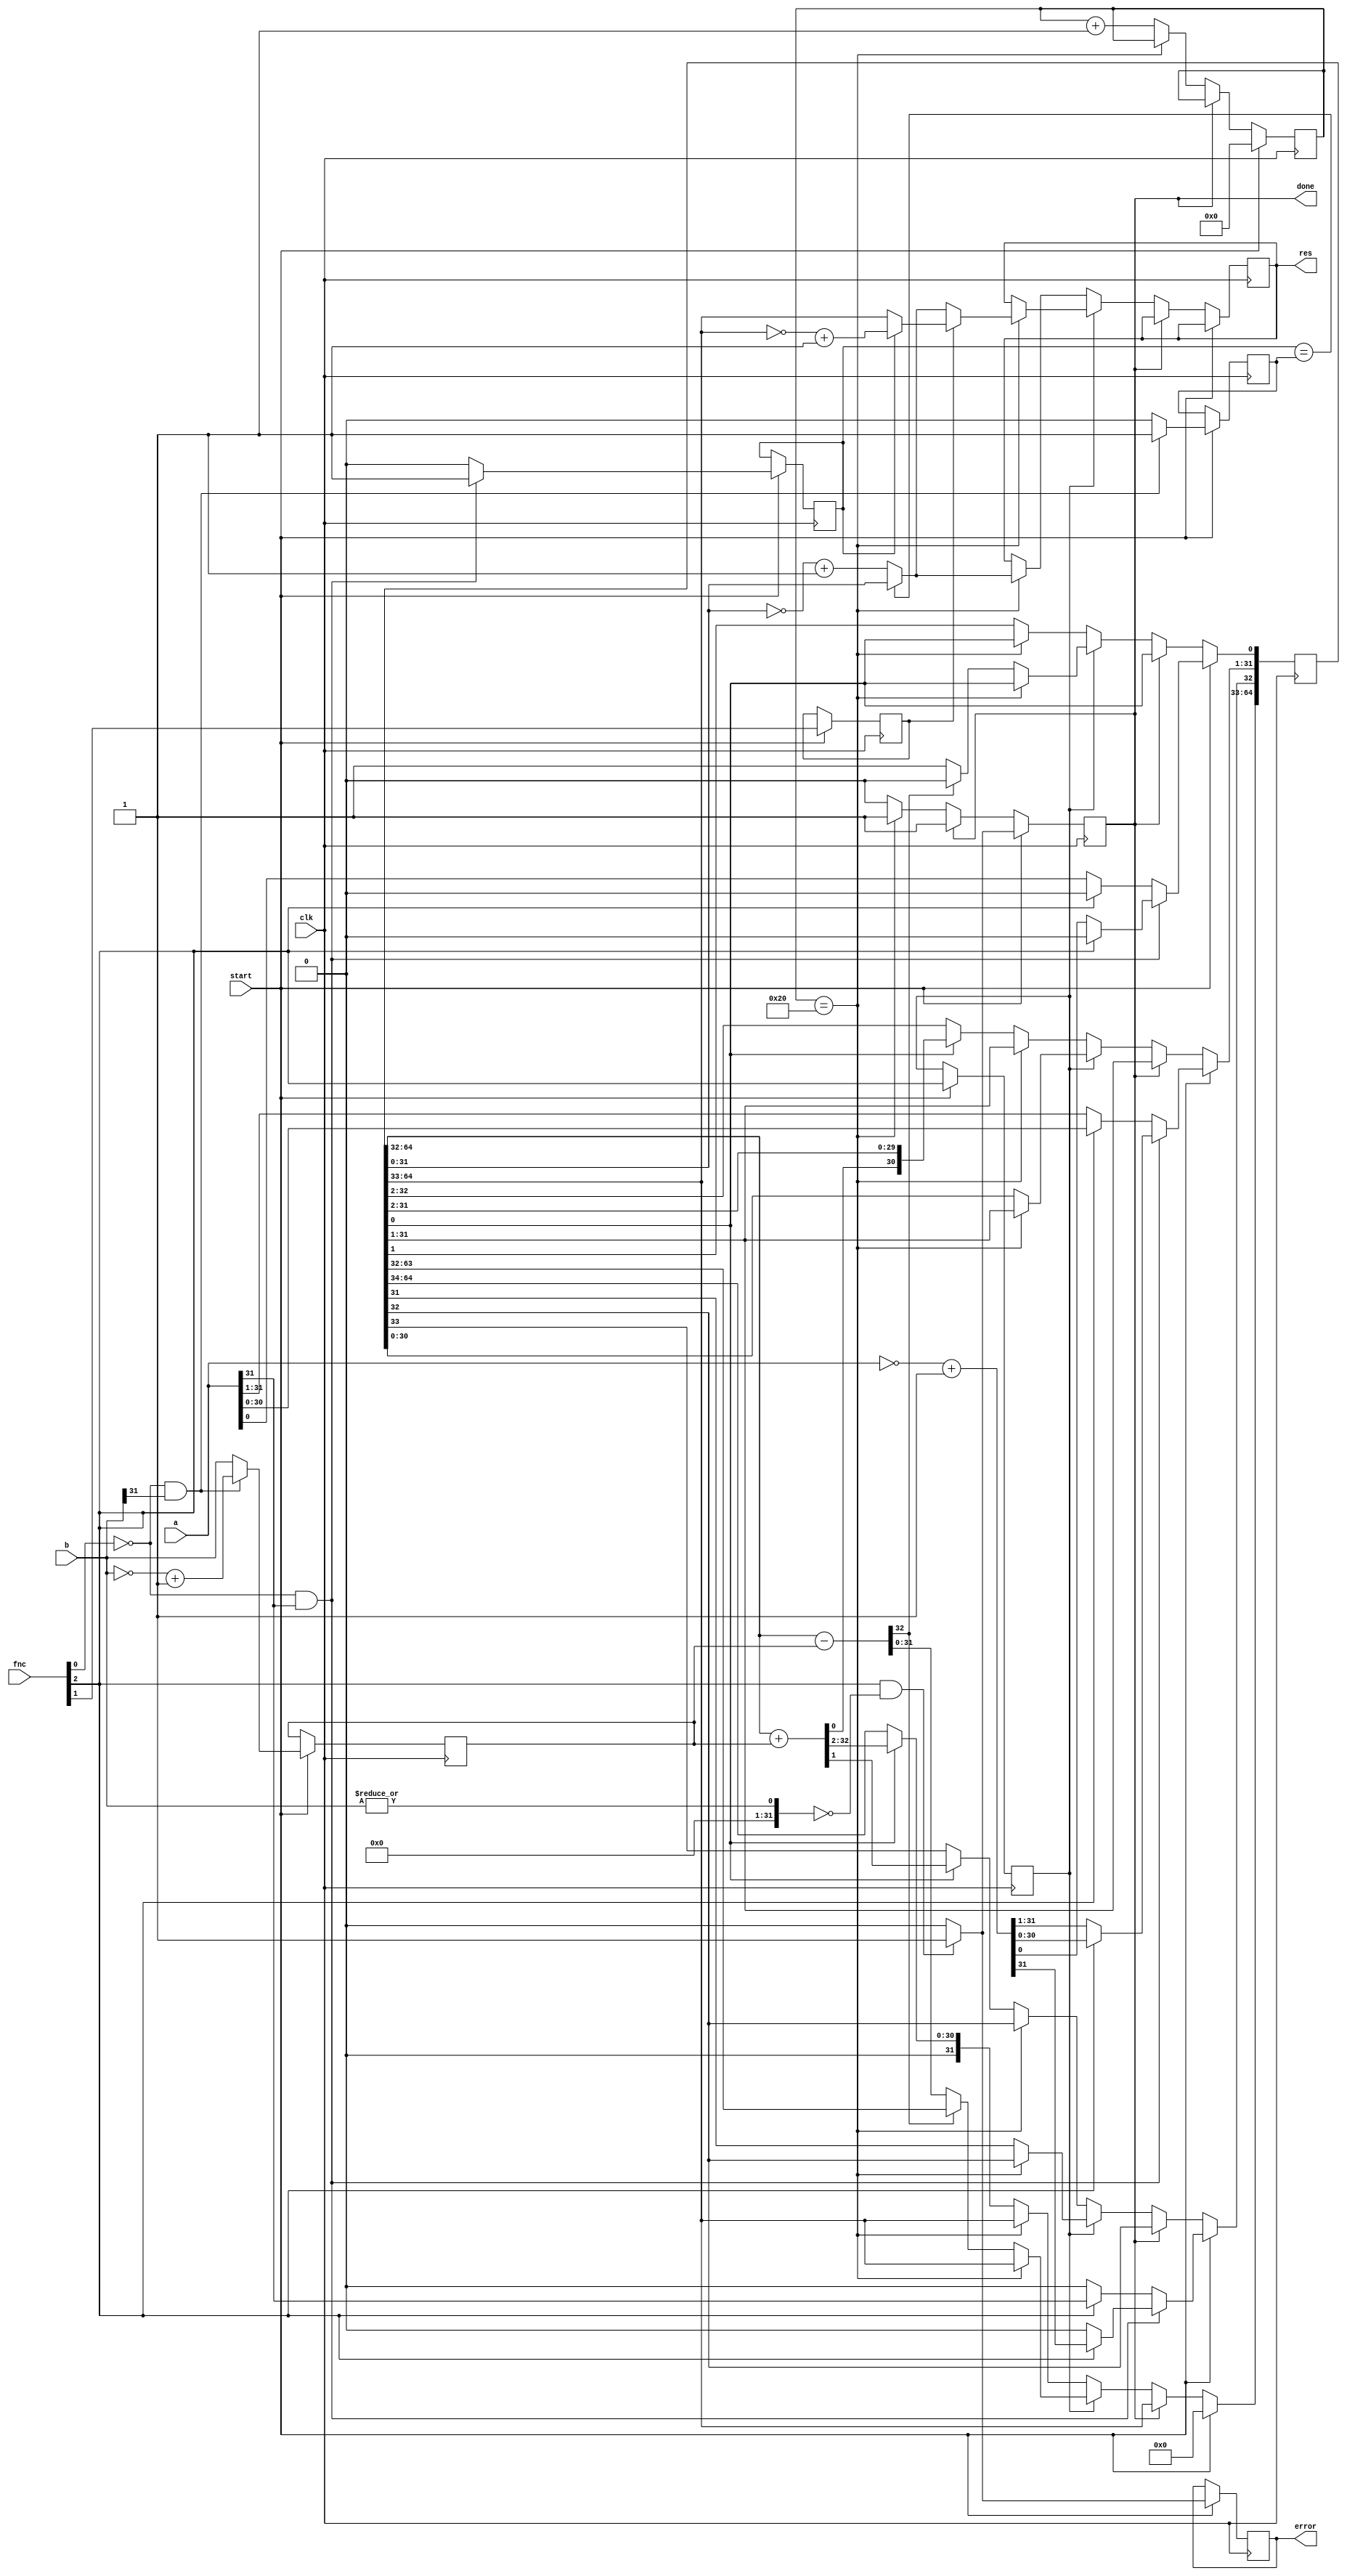
module muldiv_1(clk, a, b, fnc, start, done, error, res);
    input clk;
    input [31:0] a;
    input [31:0] b;
    input [2:0] fnc;
    input start;
    output reg done;
    output reg error;
    output reg [31:0] res;
  reg div;
  reg rem;
  reg [5:0] count;
  reg a_neg;
  reg b_neg;
  reg [31:0] b_abs;
  reg [64:0] q;
  wire [64:1] s;
  wire [64:0] d;
  assign s[64:32] = q[64:32] + { 1'b0, b_abs };
  assign s[31: 1] = q[31: 1];
  assign d[64:32] = q[64:32] - { 1'b0, b_abs };
  assign d[31: 0] = q[31: 0];
  always @(posedge clk) begin
    if (start == 1) begin
      if (fnc[2] == 1 && (| b[31:0]) == 0) begin
        done <= 1;
        error <= 1;
      end else begin
        done <= 0;
        error <= 0;
      end
      div <= fnc[2];
      rem <= fnc[1];
      count <= 6'd0;
      if (fnc[0] == 0 && a[31] == 1) begin
        a_neg <= 1;
        if (fnc[2] == 0) begin
          q[64:32] <= 33'b0;
          q[31: 0] <= ~a + 1;
        end else begin
          q[64:33] <= 32'b0;
          q[32: 1] <= ~a + 1;
          q[ 0: 0] <= 1'b0;
        end
      end else begin
        a_neg <= 0;
        if (fnc[2] == 0) begin
          q[64:32] <= 33'b0;
          q[31: 0] <= a;
        end else begin
          q[64:33] <= 32'b0;
          q[32: 1] <= a;
          q[ 0: 0] <= 1'b0;
        end
      end
      if (fnc[0] == 0 && b[31] == 1) begin
        b_neg <= 1;
        b_abs <= ~b + 1;
      end else begin
        b_neg <= 0;
        b_abs <= b;
      end
    end else begin
      if (done == 0) begin
        if (div == 0) begin
          if (count == 6'd32) begin
            done <= 1;
            if (a_neg == b_neg) begin
              res <= q[31:0];
            end else begin
              res <= ~q[31:0] + 1;
            end
          end else begin
            count <= count + 1;
            if (q[0] == 1) begin
              q <= { 1'b0, s[64:1] };
            end else begin
              q <= { 1'b0, q[64:1] };
            end
          end
        end else begin
          if (count == 6'd32) begin
            done <= 1;
            if (rem == 0) begin
              if (a_neg == b_neg) begin
                res <= q[31:0];
              end else begin
                res <= ~q[31:0] + 1;
              end
            end else begin
              if (a_neg == 0) begin
                res <= q[64:33];
              end else begin
                res <= ~q[64:33] + 1;
              end
            end
          end else begin
            count <= count + 1;
            if (d[64] == 0) begin
              q <= { d[63:0], 1'b1 };
            end else begin
              q <= { q[63:0], 1'b0 };
            end
          end
        end
      end
    end
  end
endmodule